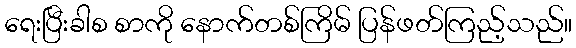
ရေးပြီးခါစ စာကို နောက်တစ်ကြိမ် ပြန်ဖတ်ကြည့်သည်။